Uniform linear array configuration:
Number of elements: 32
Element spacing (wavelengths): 0.75
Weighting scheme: uniform
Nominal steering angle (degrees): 0
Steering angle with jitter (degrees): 0.1605
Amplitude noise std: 0.05
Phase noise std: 0.05

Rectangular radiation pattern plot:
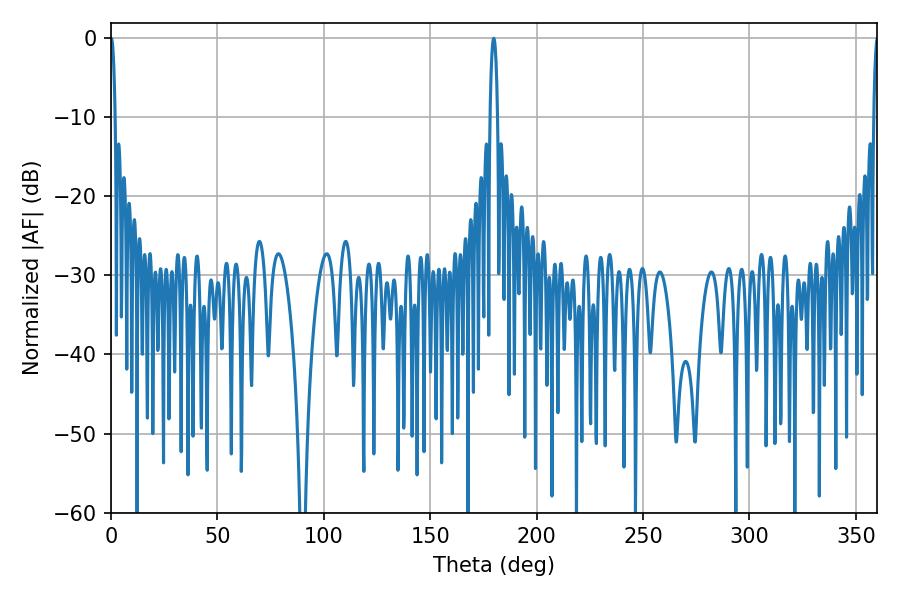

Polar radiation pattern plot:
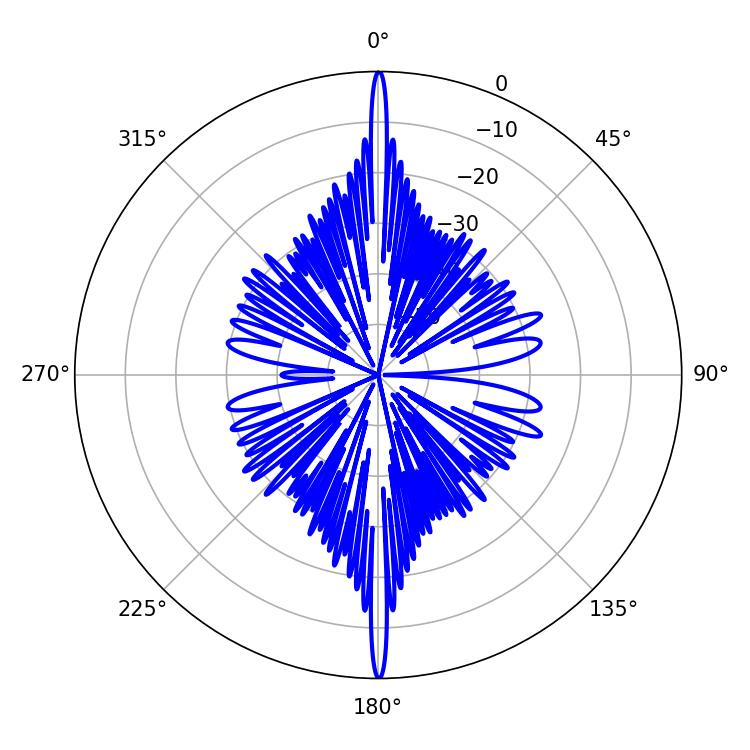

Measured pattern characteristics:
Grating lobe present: TRUE
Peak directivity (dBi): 36.814
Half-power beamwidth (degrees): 1.98
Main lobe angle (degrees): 179.82